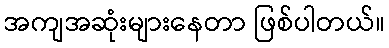
အကျအဆုံးများနေတာ ဖြစ်ပါတယ်။